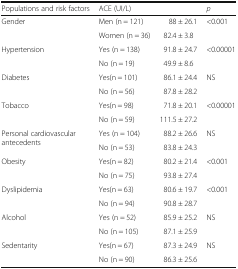
<table><thead><tr><td><b>Populations and risk factors</b></td><td colspan="2"><b>ACE (UI/L)</b></td><td><b><i>p</i></b></td></tr></thead><tbody><tr><td rowspan="2">Gender</td><td>Men (n = 121)</td><td>88 ± 26.1</td><td rowspan="2">&lt;0.001</td></tr><tr><td>Women (n = 36)</td><td>82.4 ± 3.8</td></tr><tr><td rowspan="2">Hypertension</td><td>Yes (n = 138)</td><td>91.8 ± 24.7</td><td rowspan="2">&lt;0.00001</td></tr><tr><td>No (n = 19)</td><td>49.9 ± 8.6</td></tr><tr><td rowspan="2">Diabetes</td><td>Yes(n = 101)</td><td>86.1 ± 24.4</td><td rowspan="2">NS</td></tr><tr><td>No (n = 56)</td><td>87.8 ± 28.2</td></tr><tr><td rowspan="2">Tobacco</td><td>Yes(n = 98)</td><td>71.8 ± 20.1</td><td rowspan="2">&lt;0.00001</td></tr><tr><td>No (n = 59)</td><td>111.5 ± 27.2</td></tr><tr><td rowspan="2">Personal cardiovascular antecedents</td><td>Yes (n = 104)</td><td>88.2 ± 26.6</td><td rowspan="2">NS</td></tr><tr><td>No (n = 53)</td><td>83.8 ± 24.3</td></tr><tr><td rowspan="2">Obesity</td><td>Yes(n = 82)</td><td>80.2 ± 21.4</td><td rowspan="2">&lt;0.001</td></tr><tr><td>No (n = 75)</td><td>93.8 ± 27.4</td></tr><tr><td rowspan="2">Dyslipidemia</td><td>Yes(n = 63)</td><td>80.6 ± 19.7</td><td rowspan="2">&lt;0.001</td></tr><tr><td>No (n = 94)</td><td>90.8 ± 28.7</td></tr><tr><td rowspan="2">Alcohol</td><td>Yes (n = 52)</td><td>85.9 ± 25.2</td><td rowspan="2">NS</td></tr><tr><td>No (n = 105)</td><td>87.1 ± 25.9</td></tr><tr><td rowspan="2">Sedentarity</td><td>Yes(n = 67)</td><td>87.3 ± 24.9</td><td rowspan="2">NS</td></tr><tr><td>No (n = 90)</td><td>86.3 ± 25.6</td></tr></tbody></table>